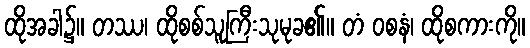
ထိုအခါ၌။ တဿ၊ ထိုစစ်သူကြီးသုမုခ၏။ တံ ဝစနံ၊ ထိုစကားကို။